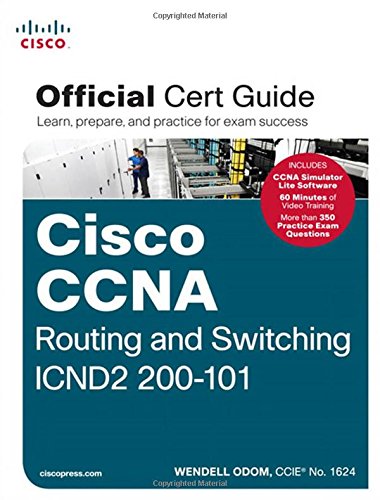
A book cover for CCNA Routing and Switching ICND2 200-101 Official Cert Guide; Wendell Odom; Computers & Technology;